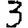
Digit: 3